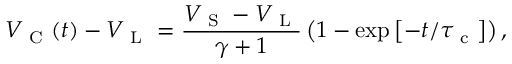
V _ { \mathrm { ~ C ~ } } ( t ) - V _ { \mathrm { ~ L ~ } } = \frac { V _ { \mathrm { ~ S ~ } } - V _ { \mathrm { ~ L ~ } } } { \gamma + 1 } \left( 1 - \exp \left[ - t / \tau _ { \mathrm { ~ c ~ } } \right] \right) ,